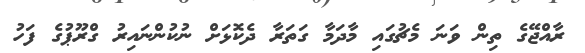
ރާއްޖޭގެ ތިން ވަނަ މެޗުގައި މާދަމާ ގަތަރާ ދެކޮޅަށް ނުކުންނައިރު ގްރޫޕުގެ ފަހު